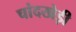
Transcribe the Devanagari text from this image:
चांदखेड़ी